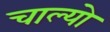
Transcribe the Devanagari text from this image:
चाल्‍यो